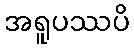
အရူပဿပိ